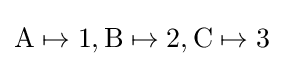
{\text{A}}\mapsto 1,{\text{B}}\mapsto 2,{\text{C}}\mapsto 3